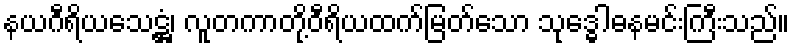
နယဂီရိယသေဋ္ဌံ၊ လူတကာတို့ဝီရိယထက်မြတ်သော သုဒ္ဓေါဓနမင်းကြီးသည်။